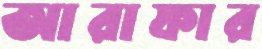
আরাফার